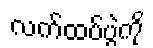
လက်ထပ်ပွဲကို